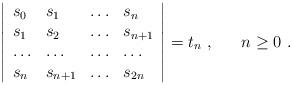
LaTeX: \begin{align*} \left|\begin{array}{llllll}s_{0} &s_{1} &\ldots &s_{n} \\s_{1} & s_{2} &\ldots &s_{n+1} \\\ldots & \ldots &\ldots &\ldots \\s_{n} &s_{n+1} & \ldots & s_{2n} \end{array}\right| = t_{n} \ , \ \ \ \ \ n \geq 0 \ . \end{align*}